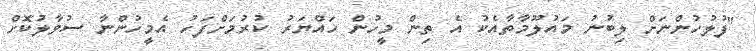
"ފުލުހުންނަށް ލިބުނު މައުލޫމާތާއެކު އެ ތިން މީހުން ހައްޔަރު ކުރުމަށްފަހު އެމީހުންނާ ސުވާލުކޮށް